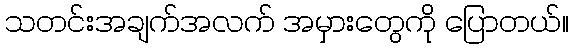
သတင်းအချက်အလက် အမှားတွေကို ပြောတယ်။